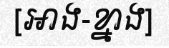
[អាង-ខ្នាង]